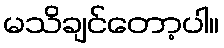
မသိချင်တော့ပါ။